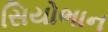
સિયોભાન